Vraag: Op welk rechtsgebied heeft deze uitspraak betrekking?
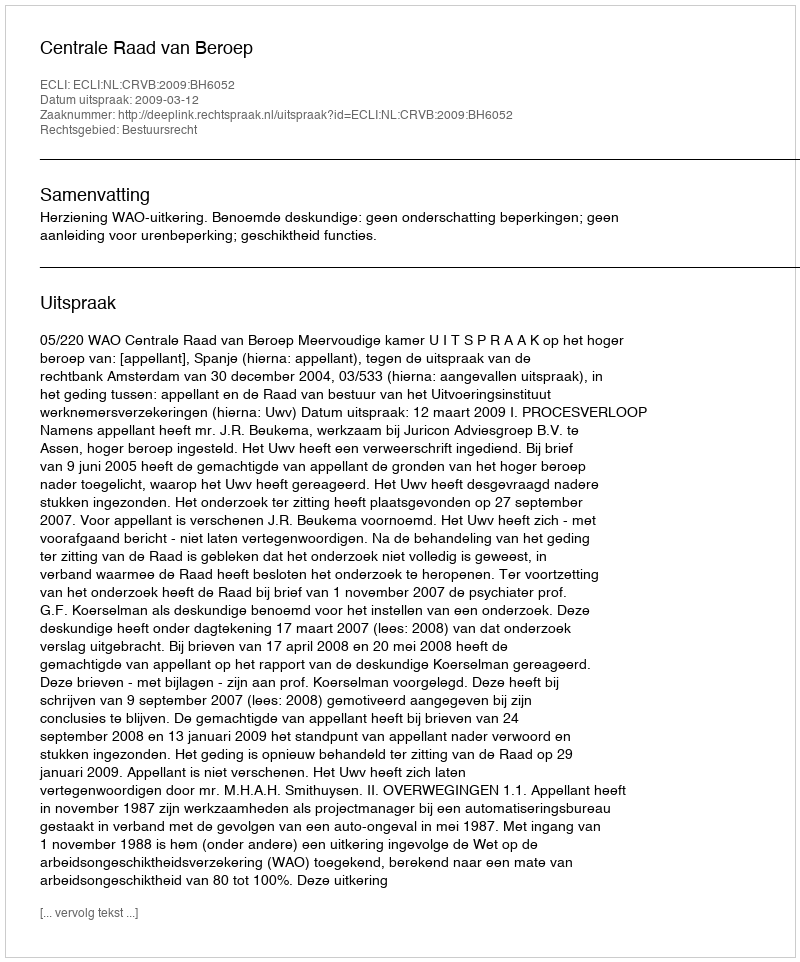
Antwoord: Bestuursrecht